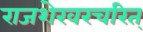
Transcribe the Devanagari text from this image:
राजशेखरचरित्